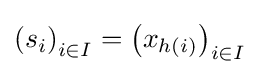
\left(s_{i}\right)_{i\in I}=\left(x_{h(i)}\right)_{i\in I}